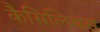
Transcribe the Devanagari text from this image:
कैसिलियस